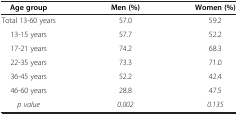
<table><thead><tr><td><b>Age group</b></td><td><b>Men (%)</b></td><td><b>Women (%)</b></td></tr></thead><tbody><tr><td>Total 13-60 years</td><td>57.0</td><td>59.2</td></tr><tr><td>13-15 years</td><td>57.7</td><td>52.2</td></tr><tr><td>17-21 years</td><td>74.2</td><td>68.3</td></tr><tr><td>22-35 years</td><td>73.3</td><td>71.0</td></tr><tr><td>36-45 years</td><td>52.2</td><td>42.4</td></tr><tr><td>46-60 years</td><td>28.8</td><td>47.5</td></tr><tr><td><i>p value</i></td><td><i>0.002</i></td><td><i>0.135</i></td></tr></tbody></table>